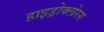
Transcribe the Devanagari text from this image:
हाइड्रोक्लोरस